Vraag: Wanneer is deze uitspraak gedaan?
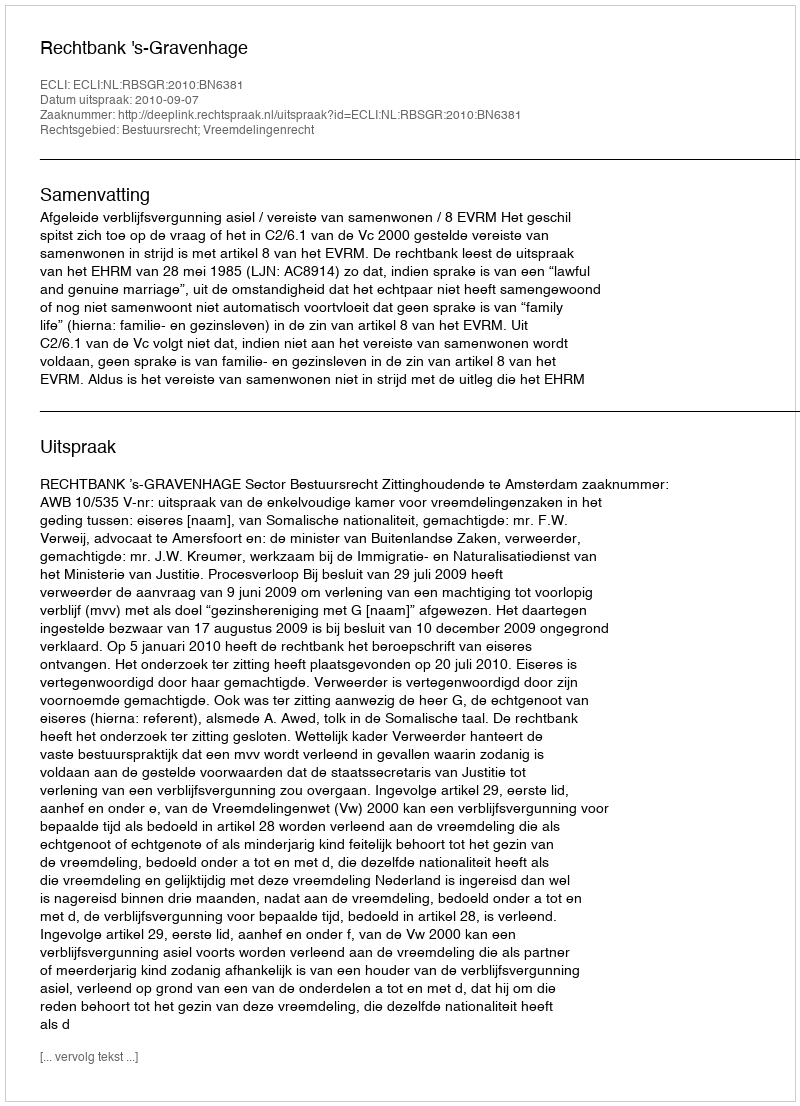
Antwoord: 2010-09-07